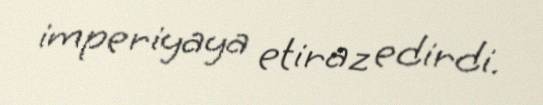
imperiyaya etiraz edirdi.